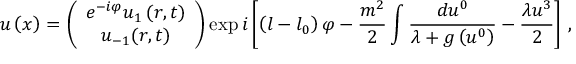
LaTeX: u \left( x \right) = \left( \begin{array} { c } { { e ^ { - i \varphi } u _ { 1 } \left( r , t \right) } } \\ { { u _ { - 1 } ( r , t ) } } \end{array} \right) \exp i \left[ \left( l - l _ { 0 } \right) \varphi - \frac { m ^ { 2 } } { 2 } \int \frac { d u ^ { 0 } } { \lambda + g \left( u ^ { 0 } \right) } - \frac { \lambda u ^ { 3 } } { 2 } \right] \, ,